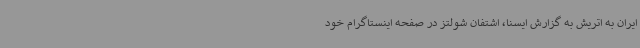
ایران به اتریش به گزارش ایسنا، اشتفان شولتز در صفحه اینستاگرام خود